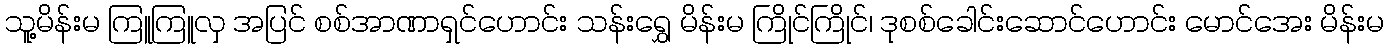
သူ့မိန်းမ ကြူကြူလှ အပြင် စစ်အာဏာရှင်ဟောင်း သန်းရွှေ မိန်းမ ကြိုင်ကြိုင်၊ ဒုစစ်ခေါင်းဆောင်ဟောင်း မောင်အေး မိန်းမ